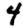
Digit: 4